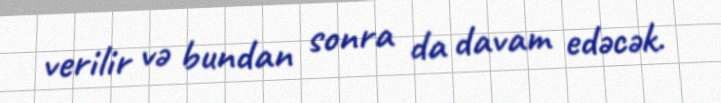
verilir və bundan sonra da davam edəcək.